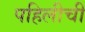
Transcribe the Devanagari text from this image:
पहिलीची